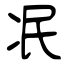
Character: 冺